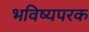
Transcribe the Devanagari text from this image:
भविष्यपरक